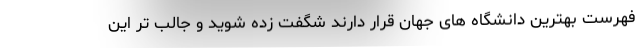
فهرست بهترین دانشگاه های جهان قرار دارند شگفت زده شوید و جالب تر این